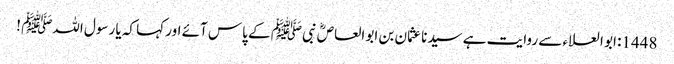
1448: ابو العلاء سے روایت ہے سیدنا عثمان بن ابو العاصؓ نبیﷺ کے پاس آئے اور کہا کہ یا رسول اللہﷺ !